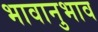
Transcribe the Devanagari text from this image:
भावानुभाव